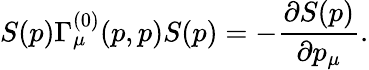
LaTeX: S(p)\Gamma_{\mu}^{(0)}(p,p)S(p)=-\frac{\partial S(p)}{\partial p_{\mu}}.